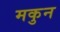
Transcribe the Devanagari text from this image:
मकुन